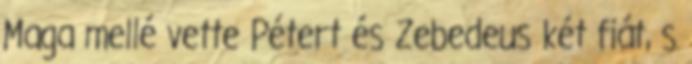
Maga mellé vette Pétert és Zebedeus két fiát, s